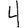
Digit: 4